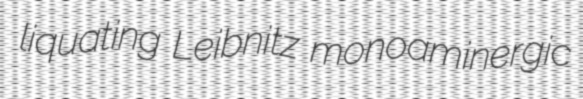
liquating Leibnitz monoaminergic